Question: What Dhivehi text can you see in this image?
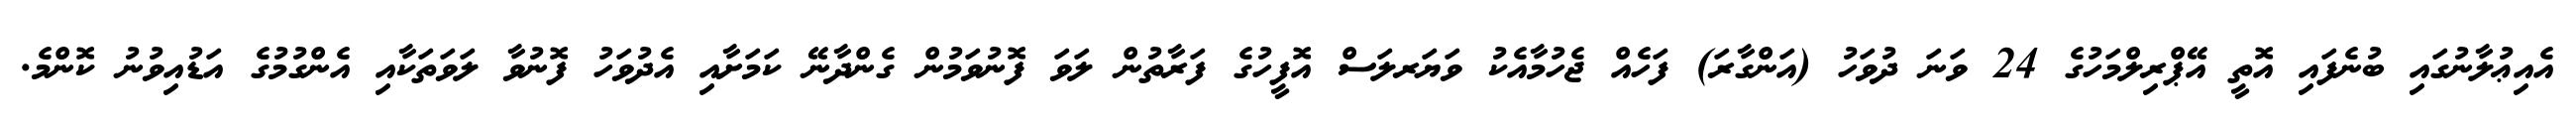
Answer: އެއިޢުލާނުގައި ބުނެފައި އޮތީ އޭޕްރިލްމަހުގެ 24 ވަނަ ދުވަހު (އަންގާރަ) ފަހެއް ޖެހުމާއެކު ވަޔަރލަސް އޮފީހުގެ ފަރާތުން ލަވަ ފޮނުވަމުން ގެންދާނޭ ކަމަށާއި އެދުވަހު ފޮނުވާ ލަވަތަކާއި އެންގުމުގެ އަޑުއިވުނު ކޮންމެ.